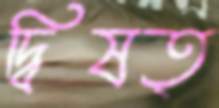
দ্বিষত্